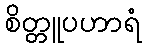
စိတ္တူပဟာရံ